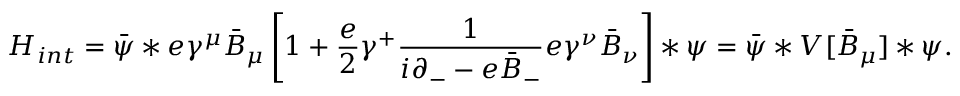
{ H } _ { i n t } = \bar { \psi } * e \gamma ^ { \mu } \bar { B } _ { \mu } \left[ 1 + \frac { e } { 2 } \gamma ^ { + } \frac { 1 } { i \partial _ { - } - e \bar { B } _ { - } } e \gamma ^ { \nu } \bar { B } _ { \nu } \right] \ast \psi = \bar { \psi } \ast { \cal V } [ \bar { B } _ { \mu } ] \ast \psi .